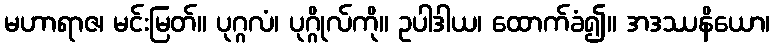
မဟာရာဇ၊ မင်းမြတ်။ ပုဂ္ဂလံ၊ ပုဂ္ဂိုလ်ကို။ ဥပါဒါယ၊ ထောက်ခံ၍။ အဒဿနိယော၊